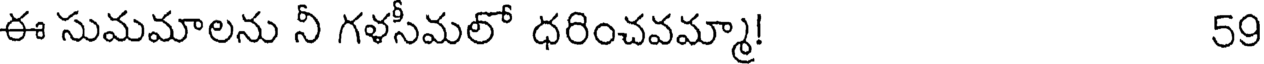
ఈ సుమమాలను నీ గళసీమలో ధరించవమ్మా! 59